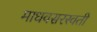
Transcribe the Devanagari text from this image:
माधवसरस्वती